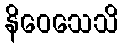
နိဝေသေသိ